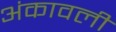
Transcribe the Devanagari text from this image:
अंकावली